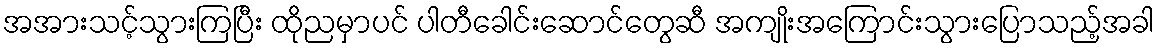
အအားသင့်သွားကြပြီး ထိုညမှာပင် ပါတီခေါင်းဆောင်တွေဆီ အကျိုးအကြောင်းသွားပြောသည့်အခါ